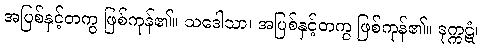
အပြစ်နှင့်တကွ ဖြစ်ကုန်၏။ သဒေါသာ၊ အပြစ်နှင့်တကွ ဖြစ်ကုန်၏။ ဒုက္ကဋံ၊